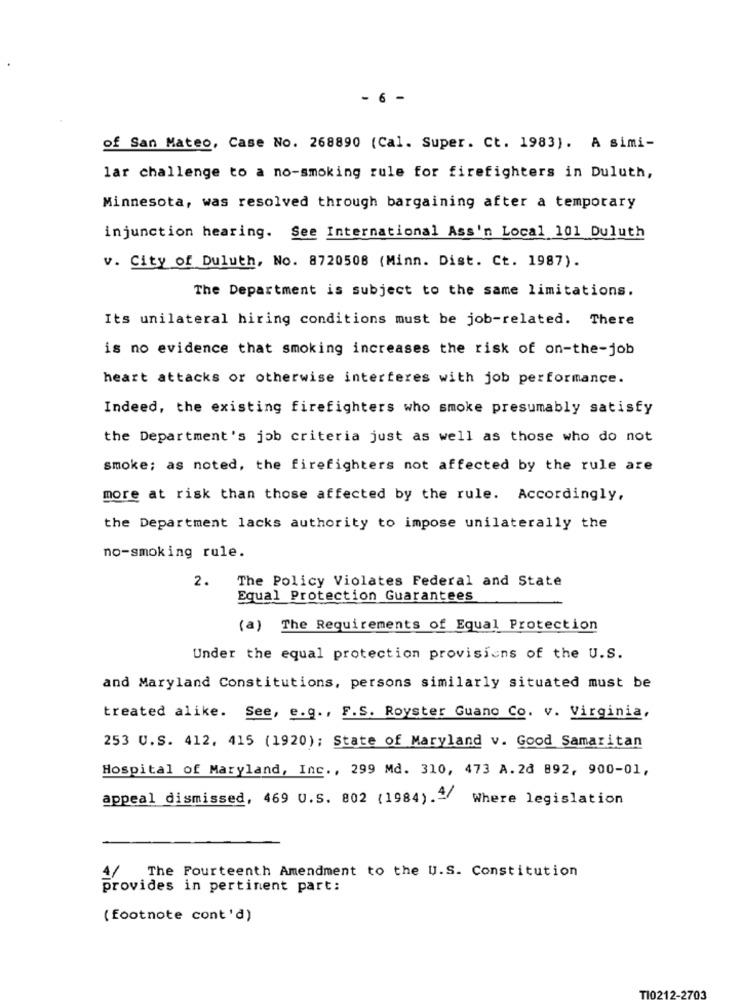
- 6 -
of San Mateo, Case No. 268890 (Cal. Super. Ct. 1983). A simi-
lar challenge to a no-smoking rule for firefighters in Duluth,
Minnesota, was resolved through bargaining after a temporary
injunction hearing. See International Ass'n Local 101 Duluth
v. City of Duluth, No. 8720508 (Minn. Dist. Ct. 1987) .
The Department is subject to the same limitations.
Its unilateral hiring conditions must be job-related. There
is no evidence that smoking increases the risk of on-the-job
heart attacks or otherwise interferes with job performance.
Indeed, the existing firefighters who smoke presumably satisfy
the Department's job criteria just as well as those who do not
smoke; as noted, the firefighters not affected by the rule are
more at risk than those affected by the rule. Accordingly,
the Department lacks authority to impose unilaterally the
no-smoking rule.
2.
The Policy Violates Federal and State
Equal Protection Guarantees
(a) The Requirements of Equal Protection
Under the equal protection provisions of the U.S.
and Maryland Constitutions, persons similarly situated must be
treated alike. See, e.g ., F.S. Royster Guano Co. v. Virginia,
253 U.S. 412. 415 (1920); State of Maryland v. Good Samaritan
Hospital of Maryland, Inc ., 299 Md. 310, 473 A. 28 892, 900-01,
appeal dismissed, 469 U.S. 802 (1984).4/
Where legislation
4/ The Fourteenth Amendment to the U.S. Constitution
provides in pertinent part:
(footnote cont'd)
TI02